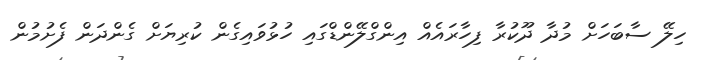
ހިލޭ ސާބަހަށް މުދާ ދޫކުރާ ފިހާރައެއް އިންގްލޭންޑްގައި ހުޅުވައިގެން ކުރިޔަށް ގެންދަން ފެށުމުން